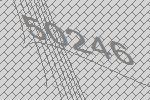
50246